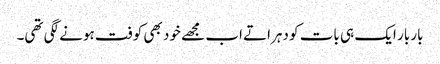
بار بار ایک ہی بات کو دہراتے اب مجھے خود بھی کوفت ہونے لگی تھی۔